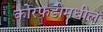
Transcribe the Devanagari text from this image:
कोरफडीमधील